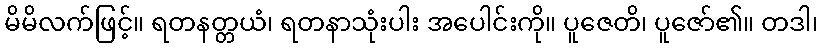
မိမိလက်ဖြင့်။ ရတနတ္တယံ၊ ရတနာသုံးပါး အပေါင်းကို။ ပူဇေတိ၊ ပူဇော်၏။ တဒါ၊